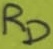
Text: RD